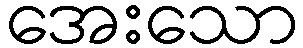
အေးသော